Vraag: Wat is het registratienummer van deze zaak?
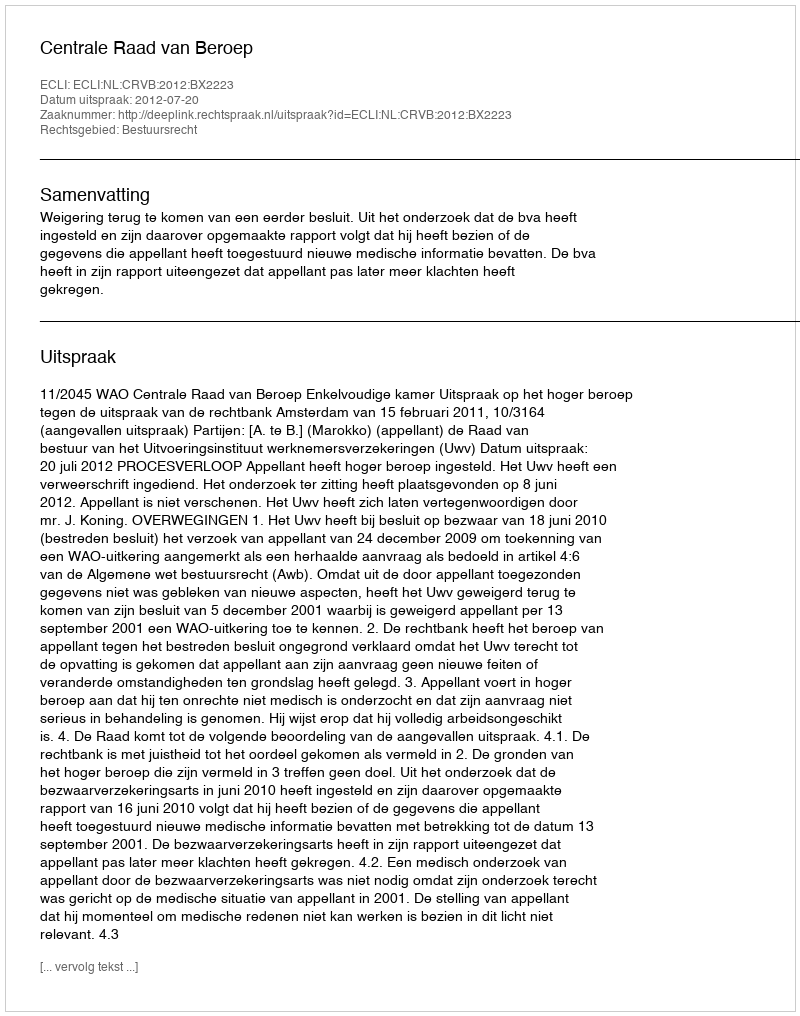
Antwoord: http://deeplink.rechtspraak.nl/uitspraak?id=ECLI:NL:CRVB:2012:BX2223